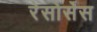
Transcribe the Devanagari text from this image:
रेसोर्सेस